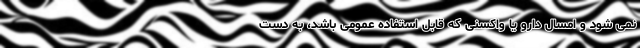
نمی شود و امسال دارو یا واکسنی که قابل استفاده عمومی باشد، به دست